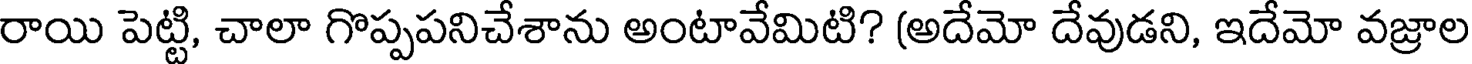
రాయి పెట్టి, చాలా గొప్పపనిచేశాను అంటావేమిటి? (అదేమో దేవుడని, ఇదేమో వజ్రాల